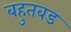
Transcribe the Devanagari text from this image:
बहुतबड